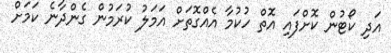
އަދި ކޯޓުން ކޮށްފައި އޮތް ހުކުމާ އެއްގޮތަށް އަމަލު ކުރަމުން ގެންދާނެ ކަމަށް